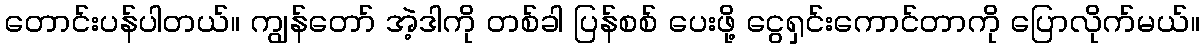
တောင်းပန်ပါတယ်။ ကျွန်တော် အဲ့ဒါကို တစ်ခါ ပြန်စစ် ပေးဖို့ ငွေရှင်းကောင်တာကို ပြောလိုက်မယ်။